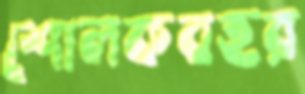
শোলকবহর